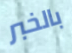
بالخبر